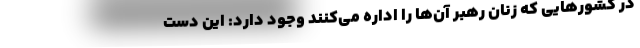
در کشورهایی که زنان رهبر آن‌ها را اداره می‌کنند وجود دارد: این دست